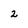
Character: 2